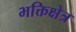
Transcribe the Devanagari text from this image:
भक्तिक्षेत्र